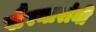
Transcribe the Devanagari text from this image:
खैरनारांनी